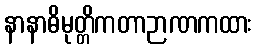
နာနာဓိမုတ္တိကတာဉာဏကထား